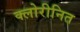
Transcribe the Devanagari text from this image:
क्लोरीनित